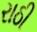
રાઠી